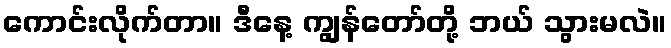
ကောင်းလိုက်တာ။ ဒီနေ့ ကျွန်တော်တို့ ဘယ် သွားမလဲ။